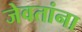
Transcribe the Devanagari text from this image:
जेवतांना